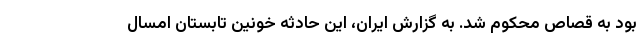
بود به قصاص محکوم شد. به گزارش ایران، این حادثه خونین تابستان امسال